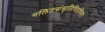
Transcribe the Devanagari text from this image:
गलितसंसृतिचित्रचिन्ता।